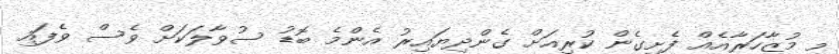
މި މުޒާހަރާއެއް ފެށިގެން ކުރިއަށް ގެންދިޔައިރު އެންމެ ބޮޑު ސުވާލަކަށް ވެސް ވެފައި